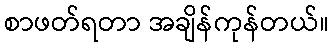
စာဖတ်ရတာ အချိန်ကုန်တယ်။